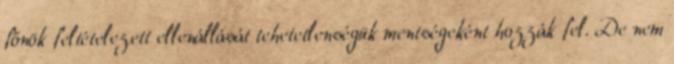
főnök feltételezett ellenállását tehetetlenségük mentségeként hozzák fel. De nem